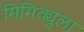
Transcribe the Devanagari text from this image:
मिमिक्युला